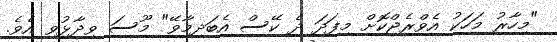
"މިހާރު މަހަކު އެވްރެޖްކޮށް މިފަދަ ދެ ކޭސް އެބަދިމާވޭ" މޫސަ ވިދާޅުވި އެވެ.